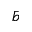
\bar { b }